Annual administration and progress report of the Indian Medical Department, Bombay
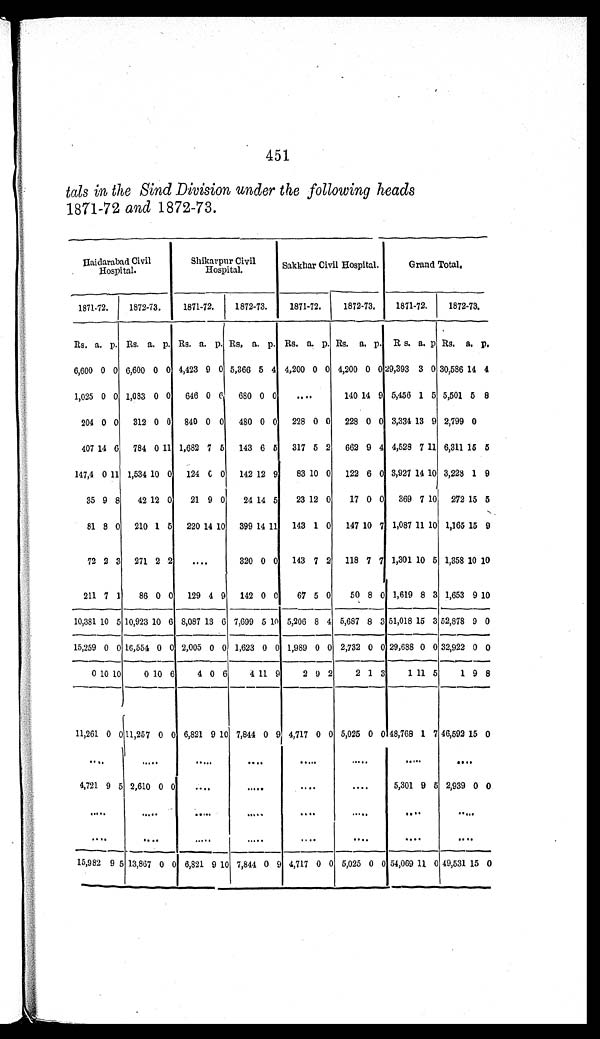
451
tals in the Sind Division under the following heads
1871-72 and 1872-73.
Haidarabad Civil
H o s p i t a l .
Shikarpur Civil
Hospital.
Sakkhar Civil Hospital.
Grand Total.
1871-72.
1872-73.
1871-72.
1872-73.
1871-72.
1872-73.
1871-72.
1872-73.
Rs. a. p. Rs. a. p. Rs. a. p. Rs.
a. p. Rs. a. p. Rs.
a.
p. Rs. a. p. Rs. a. p.
6,600 0 0 6,600 0 0 4,423 9 0 5,366 5 4 4,200 0 0 4,200 0 0 29,393 3 0 30,586 14 4
1,025 0 0 1,083 0 0
646 0 6
680 0 0
. . .
140 14 9 5,456 1 5 5,501 5 8
204 0 0
312 0 0
840 0 0
480 0 0
228 0 0
228 0 0 3,334 13 9 2,799 0
407 14 6
784
0 11 1,682 7 5
143 6 5
317 5 2
662 9 4 4,528
7 11 6,311
1 5 5
147,4
0 11 1,534
1 0 0
124
0 0
142 12 9
83 10 0
122 6 0 3,927 14 10 3,228 1 9
35 9 8
42 12 0
21 9 0
24 14 5
23 12 0
17 0 0
369 7 10
272 15 5
81 8 0
210 1 5
220 14 10
399 14 11
143 1 0
147 10 7 1,087 11 10 1,165 15 9
72 2 3 271 2 2
. . .
320 0 0
143 7 2
118 7 7 1,301 10 5 1,358 10 10
211 7 1
86 0 0
129 4 9
142 0 0
67 5 0
50 8 0 1,619 8 3 1,653 9 10
10,381 10 5 10,923 10 6 8,087 13 6 7,699 5 10 5,206 8 4 5,687 8 3 51,018 15 3 52,878 9 0
15,259 0 0 16,554 0 0 2,005 0 0 1,623
0 0 1,989 0 0 2,732 0 0 29,688 0 0 32,922 0 0
0 10 10
0
1 0 6
4 0 6
4
1 1 9
2 9 2
2 1 3
1 1 1 5
1 9 8
11,261 0
0
11,257 0 0 6,821 9 10 7,844 0 9 4,717 0 0 5,025 0
0
48,768 1 7 46,592 15 0
. . .
. . .
. . .
. . .
. . .
. . .
. . .
. . .
4,721 9 5 2,610 0 0
. . .
. . .
. . .
. . .
5,301 9 5 2,939 0
0
. . .
. . .
. . .
. . .
. . .
. . .
. . .
. . .
. . .
. . .
. . .
. . .
. . .
. . .
. . .
. . .
15,982 9 5 13,867 0 0 6,821 9 10 7,844 0 9 4,717 0 0 5,025 0 0 54,069 11 0 49,531 15 0